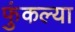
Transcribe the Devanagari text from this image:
फुंकल्या